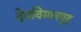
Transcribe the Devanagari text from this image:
देवविमानगृह